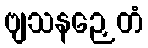
ဗျသနဉှေတံ